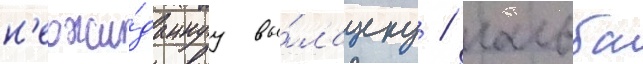
н'еожи́даннуу вы́лазку / гальба